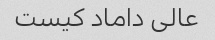
عالی داماد کیست